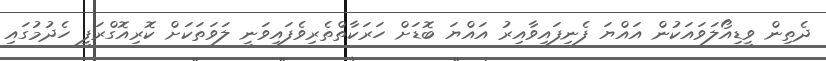
ދެތިން ވީޑިއޯލަވައަކުން އައްޔަ ފެނިފައިވާއިރު އައްޔަ ބޮޑަށް ހަރަކާތްތެރިވެފައިވަނީ ލަވަތަކަށް ކޮރިއޮގްރަފީ ހެދުމުގައި